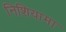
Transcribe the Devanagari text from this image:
निशियामा